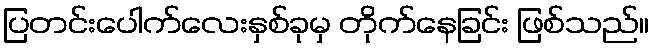
ပြတင်းပေါက်လေးနှစ်ခုမှ တိုက်နေခြင်း ဖြစ်သည်။